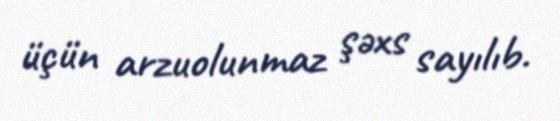
üçün arzuolunmaz şəxs sayılıb.